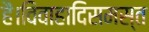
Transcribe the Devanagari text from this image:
हैं।विवाहादिसमस्त